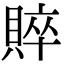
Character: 賥